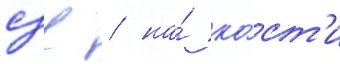
сзв / на́ ко́ст'и